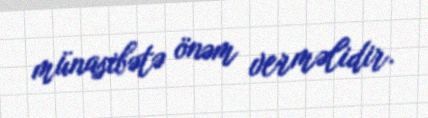
münasibətə önəm verməlidir.